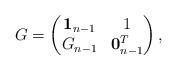
LaTeX: \begin{align*}G=\begin{pmatrix}\mathbf{1}_{n-1} & 1\\ G_{n-1} & \mathbf{0}_{n-1}^T\end{pmatrix},\end{align*}